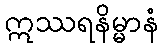
ဣဿရနိမ္မာနံ